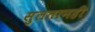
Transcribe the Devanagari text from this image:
सुलतानही